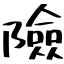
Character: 險